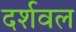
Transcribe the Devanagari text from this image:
दर्शवल